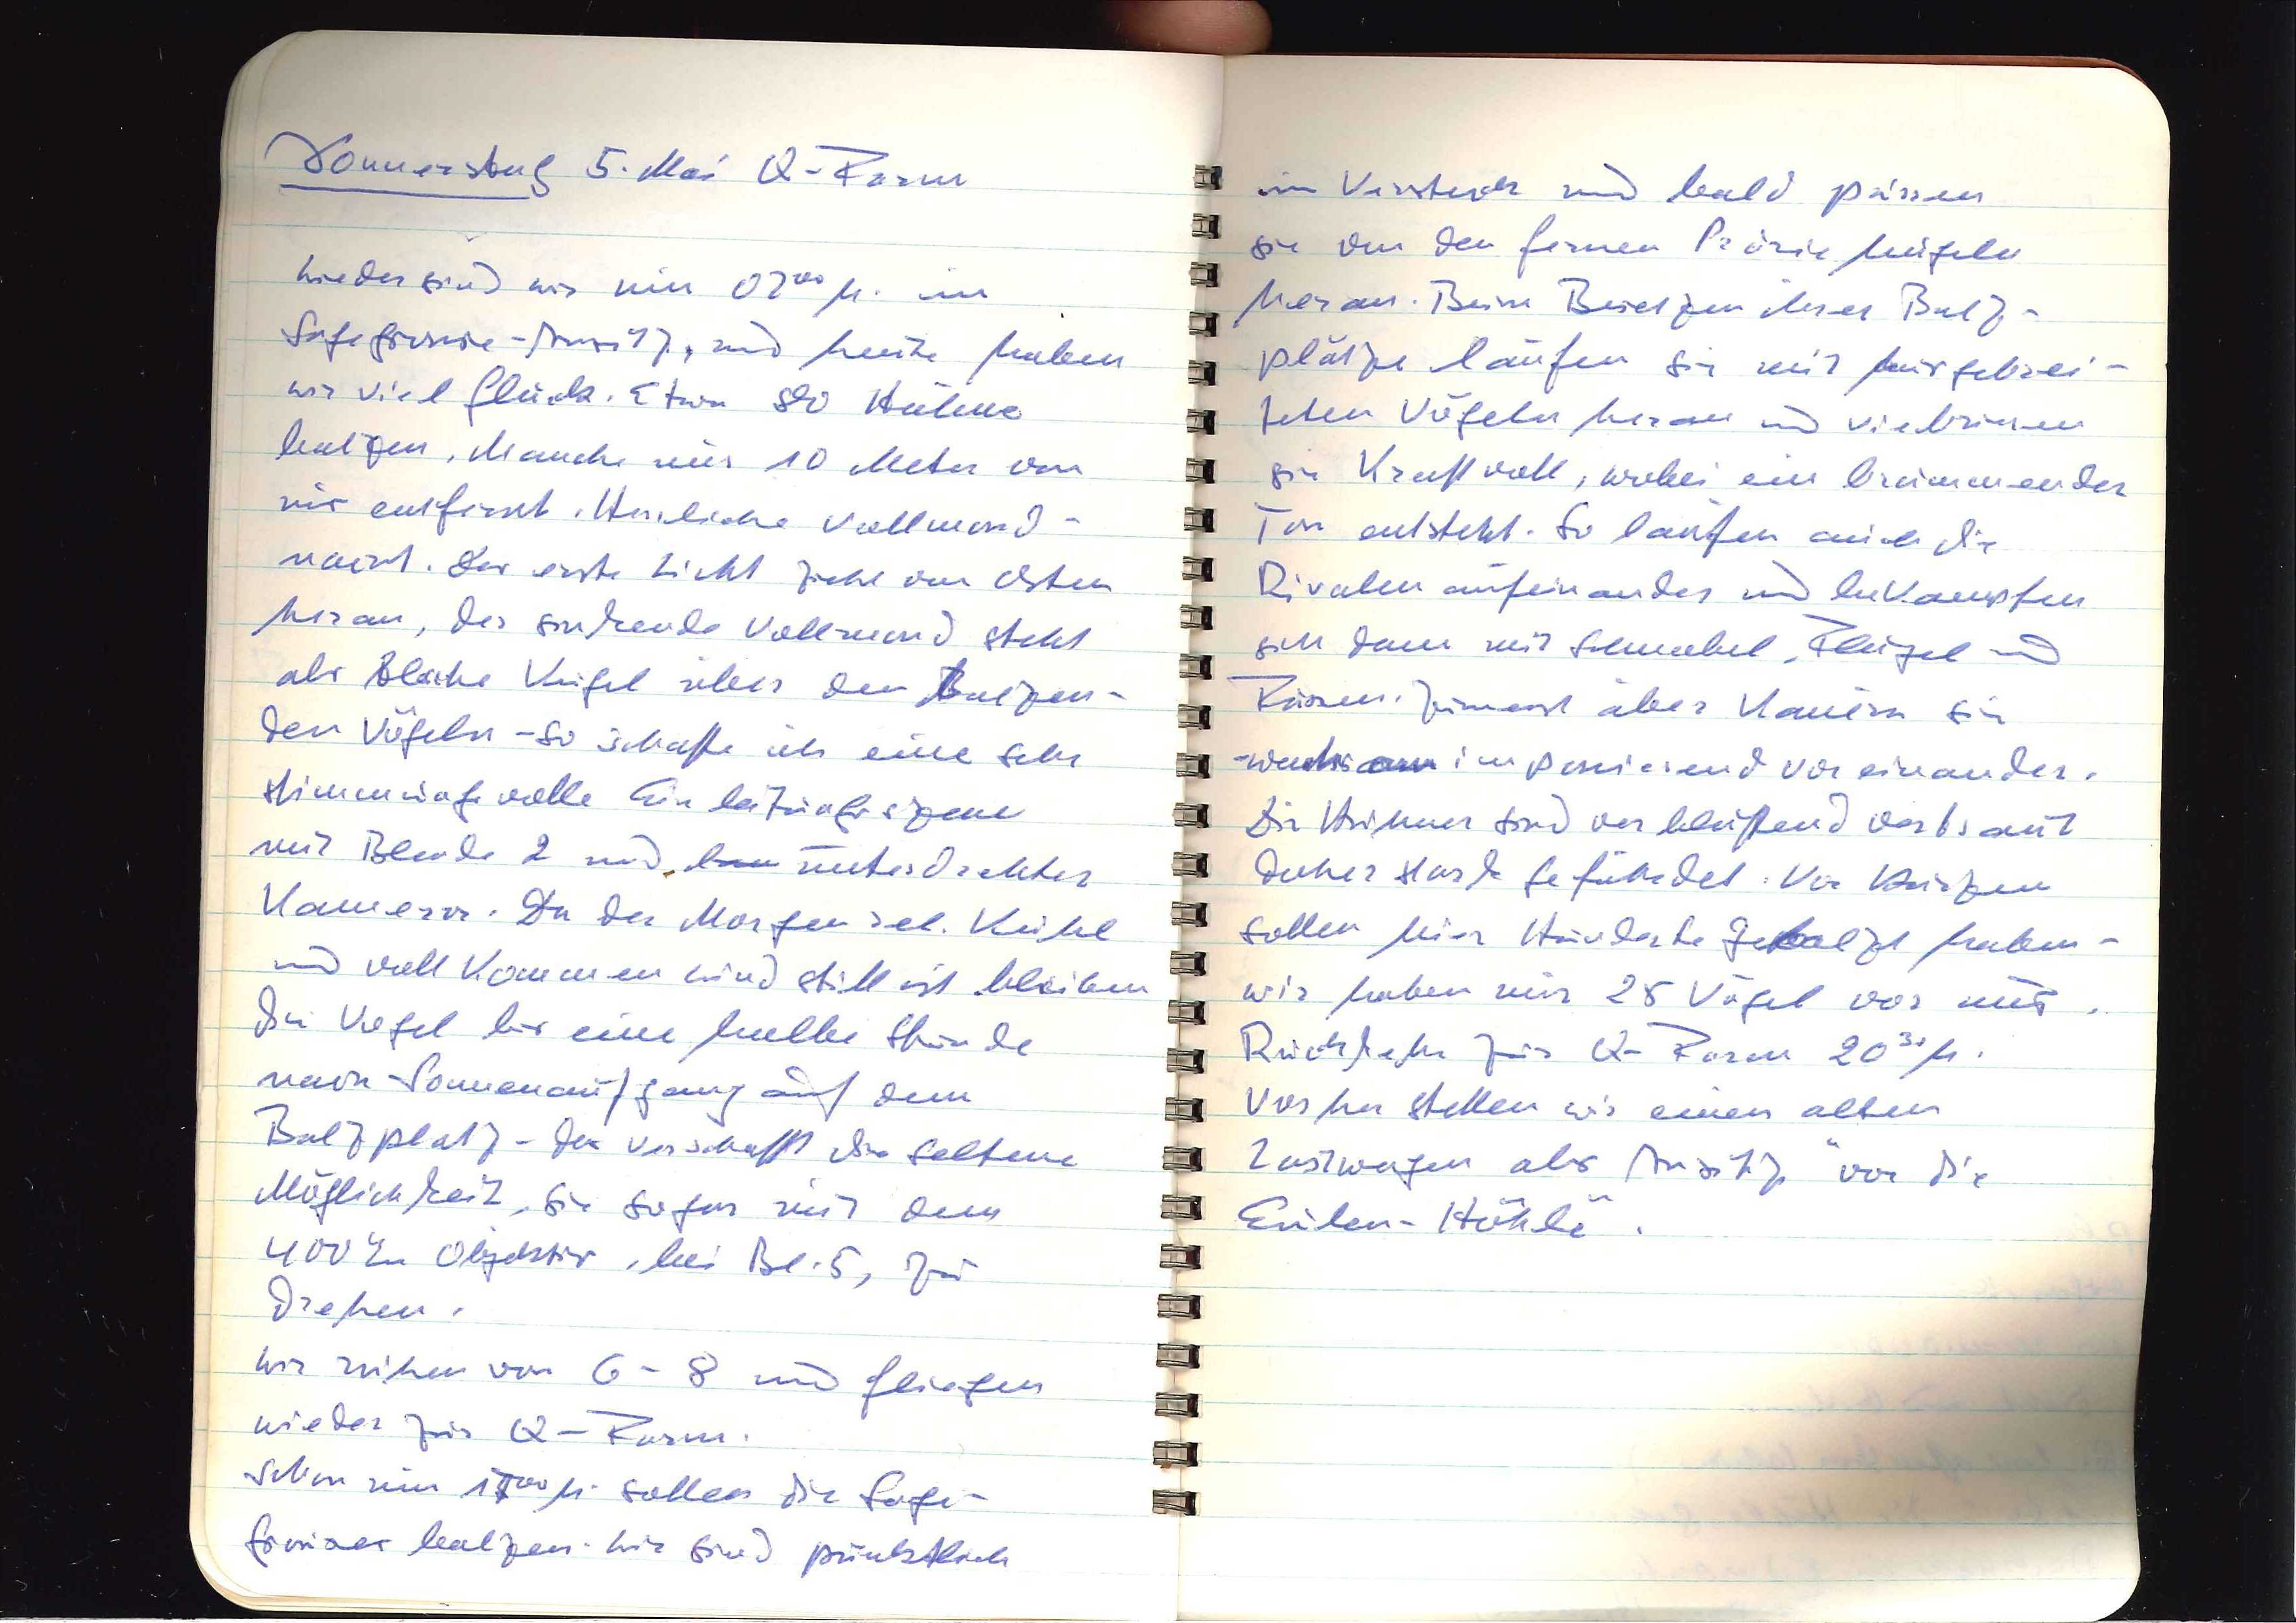
Donnerstag 5. Mai Q-Farm
Wieder sind wir um 0200 h. im
Sage-Grouse-Ansitz, und heute haben
wir viel Glück. Etwa 80 Hähne
balzen. Manche nur 10 Meter von
mir entfernt. Herrliche Vollmond¬
nacht. Das erste Licht zieht von Osten
heran, der sinkende Vollmond steht
als blanke Kugel über den balzen¬
den Vögeln — so schaffe ich eine sehr
stimmungsvolle Einleitungsszene
mit Blende 2 und unterdrehter
Kamera. Da der Morgen rel. kühl
und vollkommen windstill ist bleiben
die Vögel für eine halbe Stunde
nach Sonnenaufgang auf dem
Balzplatz. Das verschafft die seltene
Möglichkeit, sie sogar mit dem
400mm Objektiv, bei Bl. 5, zu
drehen.
Wir ruhen von 6-8 und fliegen
wieder zur Q-Farm.
Schon um 1700 h. sollen die Sage
Grouses balzen. Wir sind pünktlich

im Versteck und bald passen
sie von den fernen Präriehügeln
heran. Beim Besetzen ihrer Balz¬
plätze laufen die weit ausgebrei¬
teten Vögel heran und viebrieren
xx kraftvoll, wobei ein brummender
Ton entsteht. So laufen auch die
Rivalen aufeinander und bekämpfen
sich dann mit Schnabel, Flügel und
Füssen. Zumeist aber kauern sie
xxx imponierend voreinander.
Die Hühner sind verblüffend vertraut
daher stark gefährdet. Vor kurzem
sollen hier Hunderte gebalzt haben
wir haben nur 25 Vögel vor uns.
Rückkehr zur Q-Farm 2030 h.
Vorher stellen wir einen alten
Lastwagen als Ansitz "vor die
Eulen-Höhle".